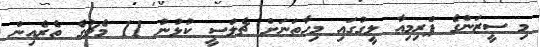
މި ސީޒަންގެ ޕްރިމިއާ ލީގުގައި މިހާތަަނަށް ޗެލްސީ ކުޅުނު 11 މެޗުގެ ތެރެއިން